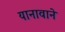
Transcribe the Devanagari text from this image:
यानावाने